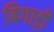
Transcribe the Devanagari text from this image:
बिगाड़ी